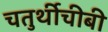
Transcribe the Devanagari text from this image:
चतुर्थीचीबी